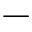
-